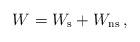
LaTeX: \begin{align*} W=W_{\rm s}+W_{\rm ns}\,,\end{align*}